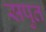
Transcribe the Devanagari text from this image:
सपुत